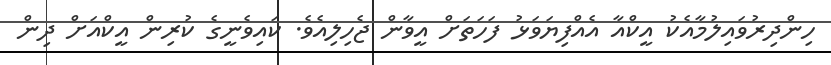
ހިންދިރުވައިލުމާއެކު އީކްއާ އެއްފިޔަވަޅު ފަހަތަށް އީވާން ޖެހިލިއެވެ. ކައިވެނީގެ ކުރިން އީކްއަށް ދިން